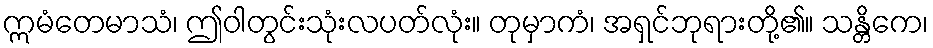
ဣမံတေမာသံ၊ ဤဝါတွင်းသုံးလပတ်လုံး။ တုမှာကံ၊ အရှင်ဘုရားတို့၏။ သန္တိကေ၊